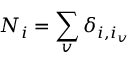
N _ { i } = \sum _ { v } \delta _ { i , i _ { v } }